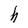
Character: h